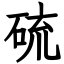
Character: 硫